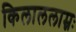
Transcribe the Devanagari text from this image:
किलाललाम्नः